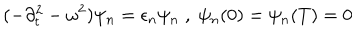
( - \partial _ { t } ^ { 2 } - \omega ^ { 2 } ) \psi _ { n } = \epsilon _ { n } \psi _ { n } \; , \; \psi _ { n } ( 0 ) = \psi _ { n } ( T ) = 0